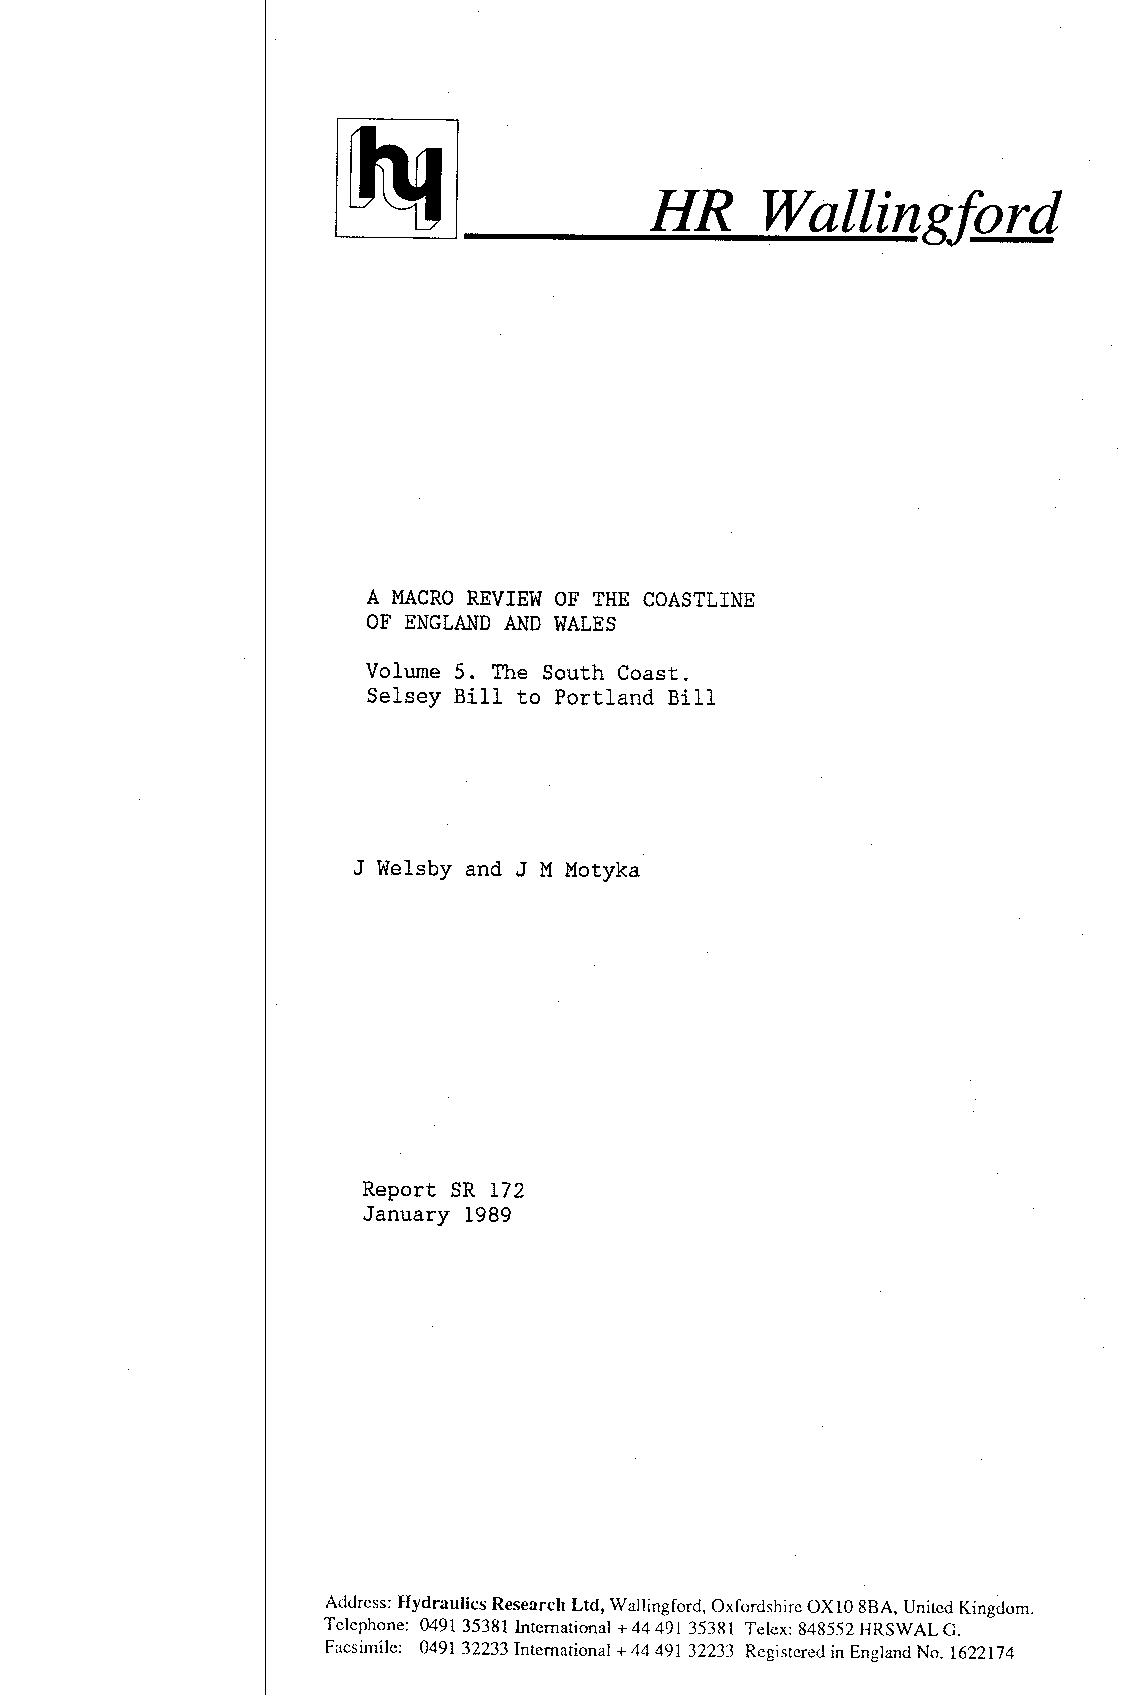
HR      Wallingford
 A MACROR EVIEWO F THE COASTLINE
 OF ENGLANDA ND WALES
 Volume 5. The South Coast.
 Selsey Bill to Portland Bill
 J Welsby and J M Motyka
 Report SR I72
 January 1989
 AtldrcssH: ydraulicsR esearchL td, wallingford,o xforcl-shiorcX 10 88A, uniredK ingdom.
 Telcphone0: 4913 5381In temationa+l4 449r 35381r elex: 848552HRswALc.
 Facsirnile:0 4913 2233Internation+a l4 4 49r 32233 Registereidn EnglandN o. 1622174